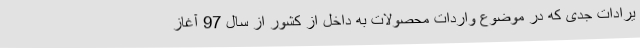
یرادات جدی که در موضوع واردات محصولات به داخل از کشور از سال 97 آغاز